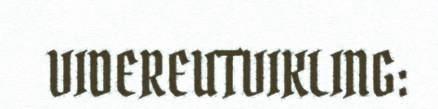
VIDEREUTVIKLING: